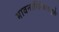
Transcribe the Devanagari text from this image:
भावनातिरेकामुळे